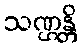
သဏ္ဌန္တိ